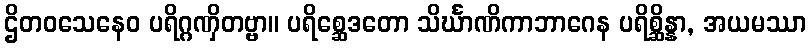
ဌိတဝသေနေဝ ပရိဂ္ဂဏှိတဗ္ဗာ။ ပရိစ္ဆေဒတော သိင်္ဃာဏိကာဘာဂေန ပရိစ္ဆိန္နာ, အယမဿာ